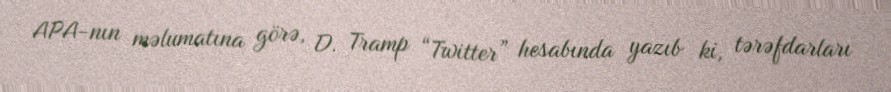
APA-nın məlumatına görə, D. Tramp “Twitter” hesabında yazıb ki, tərəfdarları